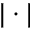
| \cdot |